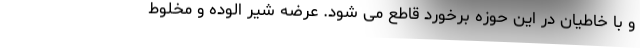
و با خاطیان در این حوزه برخورد قاطع می شود. عرضه شیر الوده و مخلوط